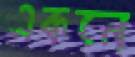
একনে